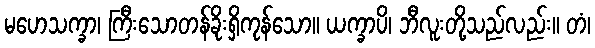
မဟေသက္ခာ၊ ကြီးသောတန်ခိုးရှိကုန်သော။ ယက္ခာပိ၊ ဘီလူးတို့သည်လည်း။ တံ၊